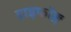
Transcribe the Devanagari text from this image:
हाइफॉङ्ग